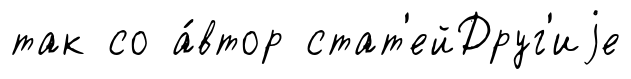
так со а́втор стат'ейДруг'иjе